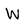
Character: W